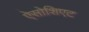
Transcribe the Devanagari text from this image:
ऐसोशिएट